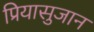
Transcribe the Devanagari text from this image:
प्रियासुजान